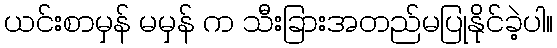
ယင်းစာမှန် မမှန် က သီးခြားအတည်မပြုနိုင်ခဲ့ပါ။